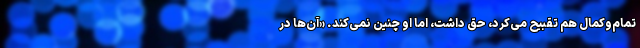
تمام‌وکمال هم تقبیح می‌کرد، حق داشت، اما او چنین نمی‌کند. «آن‌ها در